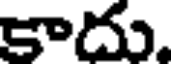
కాదు.